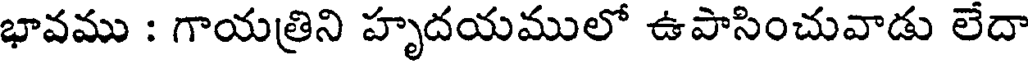
భావము : గాయత్రిని హృదయములో ఉపాసించువాడు లెదా